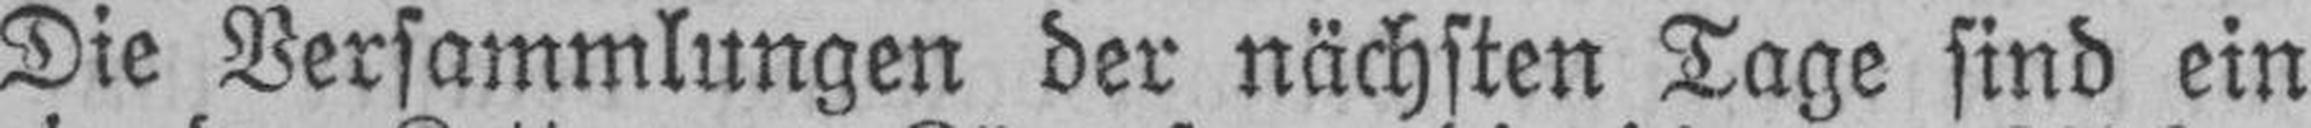
Die Versammlungen der nächsten Tage sind ein